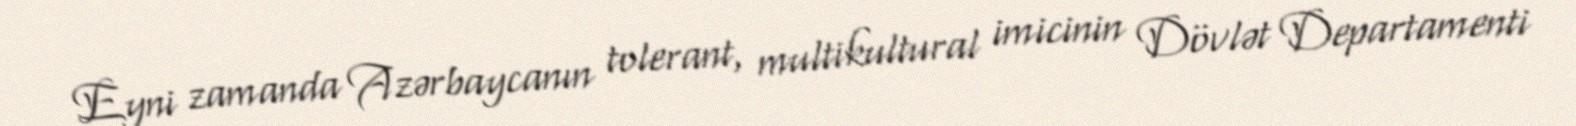
Eyni zamanda Azərbaycanın tolerant, multikultural imicinin Dövlət Departamenti